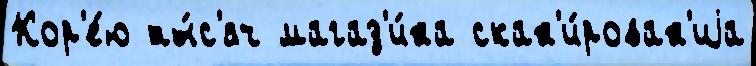
Кор'е́ю ты́с'яч магаз'и́на скан'и́рован'иjа